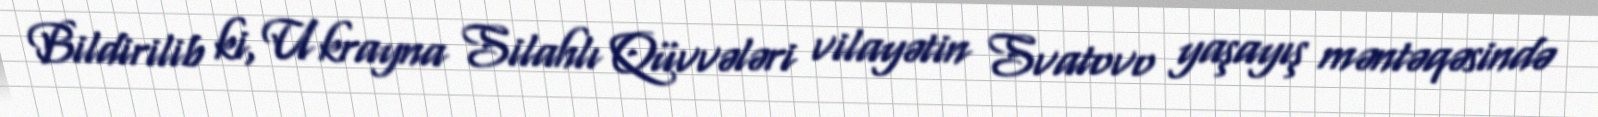
Bildirilib ki, Ukrayna Silahlı Qüvvələri vilayətin Svatovo yaşayış məntəqəsində